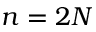
n = 2 N